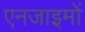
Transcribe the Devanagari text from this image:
एनजाइमों